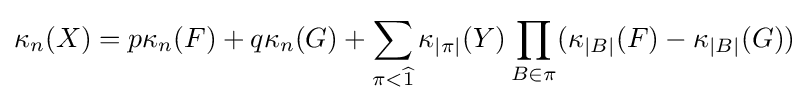
\kappa _{n}(X)=p\kappa _{n}(F)+q\kappa _{n}(G)+\sum _{\pi <{\widehat {1}}}\kappa _{\left|\pi \right|}(Y)\prod _{B\in \pi }(\kappa _{\left|B\right|}(F)-\kappa _{\left|B\right|}(G))